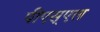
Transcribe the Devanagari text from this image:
पीएस्एल